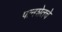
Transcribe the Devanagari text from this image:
पानशेतचे